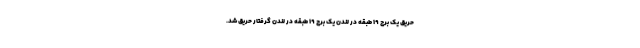
حریق یک برج ۱۹ طبقه در لندن یک برج ۱۹ طبقه در لندن گرفتار حریق شد.